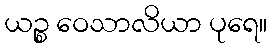
ယဉ္စ ဝေသာလိယာ ပုရေ။